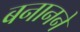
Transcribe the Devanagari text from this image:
बनानने